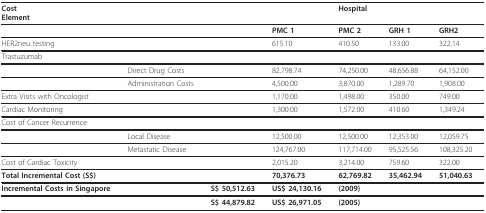
| CostElement |  |  |  | Hospital |  |  |
 | --- | --- | --- | --- | --- | --- | --- |
 |  |  |  | PMC 1 | PMC 2 | GRH 1 | GRH2 |
 | HER2neu testing |  |  | 615.10 | 410.50 | 133.00 | 322.14 |
 | Trastuzumab |  |  |  |  |  |  |
 |  | Direct Drug Costs |  | 82,798.74 | 74,250.00 | 48,656.88 | 64,152.00 |
 |  | Administration Costs |  | 4,500.00 | 3,870.00 | 1,289.70 | 1,908.00 |
 | Extra Visits with Oncologist |  |  | 1,170.00 | 1,498.00 | 350.00 | 749.00 |
 | Cardiac Monitoring |  |  | 1,300.00 | 1,572.00 | 410.60 | 1,349.24 |
 | Cost of Cancer Recurrence |  |  |  |  |  |  |
 |  | Local Disease |  | 12,500.00 | 12,500.00 | 12,353.00 | 12,059.75 |
 |  | Metastatic Disease |  | 124,767.00 | 117,714.00 | 95,525.56 | 108,325.20 |
 | Cost of Cardiac Toxicity |  |  | 2,015.20 | 3,214.00 | 759.60 | 322.00 |
 | Total Incremental Cost (S$) |  |  | 70,376.73 | 62,769.82 | 35,462.94 | 51,040.63 |
 | Incremental Costs in Singapore |  | S$ 50,512.63 | US$ 24,130.16 | (2009) |  |  |
 |  |  | S$ 44,879.82 | US$ 26,971.05 | (2005) |  |  |